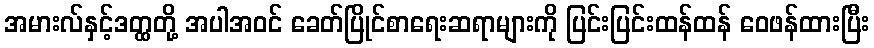
အမားလ်နှင့်ဒတ္ထတို့ အပါအဝင် ခေတ်ပြိုင်စာရေးဆရာများကို ပြင်းပြင်းထန်ထန် ဝေဖန်ထားပြီး